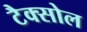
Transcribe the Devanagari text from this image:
टैक्सोल